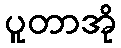
ပူတာအို